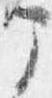
部